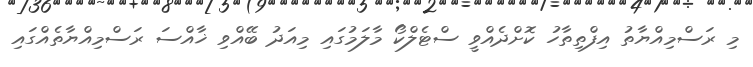
މި ރަސްމިއްޔާތު އިފްތިތާހު ކޮށްދެއްވީ ސްޓެލްކޯ މާލަމުގައި މިއަދު ބޭއްވި ޚާއްސަ ރަސްމިއްޔާތެއްގައި